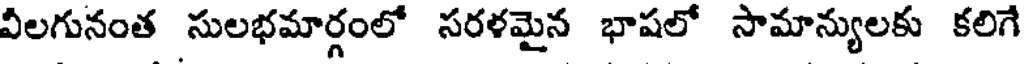
వీలగునంత సులభమార్గంలో సరళమైన భాషలో సామాన్యులకు కలిగే